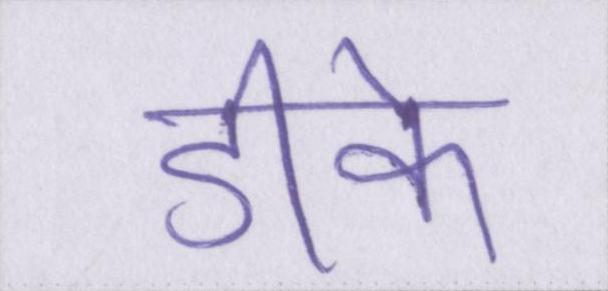
डीके